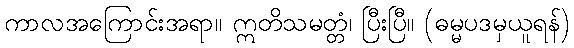
ကာလအကြောင်းအရာ။ ဣတိသမတ္တံ၊ ပြီးပြီ။ (ဓမ္မပဒမှယူရန်)